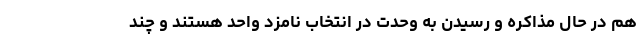
هم در حال مذاکره و رسیدن به وحدت در انتخاب نامزد واحد هستند و چند